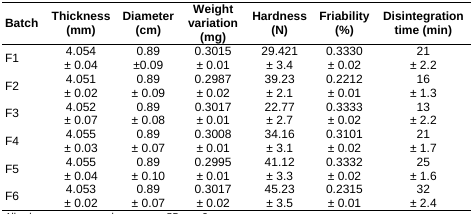
<table><thead><tr><td><b>Batch</b></td><td><b>Thickness (mm)</b></td><td><b>Diameter (cm)</b></td><td><b>Weight variation (mg)</b></td><td><b>Hardness (N)</b></td><td><b>Friability (%)</b></td><td><b>Disintegration time (min)</b></td></tr></thead><tbody><tr><td>F1</td><td>4.054 ± 0.04</td><td>0.89 ±0.09</td><td>0.3015 ± 0.01</td><td>29.421 ± 3.4</td><td>0.3330 ± 0.02</td><td>21 ± 2.2</td></tr><tr><td>F2</td><td>4.051 ± 0.02</td><td>0.89 ± 0.09</td><td>0.2987 ± 0.02</td><td>39.23 ± 2.1</td><td>0.2212 ± 0.01</td><td>16 ± 1.3</td></tr><tr><td>F3</td><td>4.052 ± 0.07</td><td>0.89 ± 0.08</td><td>0.3017 ± 0.01</td><td>22.77 ± 2.7</td><td>0.3333 ± 0.02</td><td>13 ± 2.2</td></tr><tr><td>F4</td><td>4.055 ± 0.03</td><td>0.89 ± 0.07</td><td>0.3008 ± 0.01</td><td>34.16 ± 3.1</td><td>0.3101 ± 0.02</td><td>21 ± 1.7</td></tr><tr><td>F5</td><td>4.055 ± 0.04</td><td>0.89 ± 0.10</td><td>0.2995 ± 0.01</td><td>41.12 ± 3.3</td><td>0.3332 ± 0.02</td><td>25 ± 1.6</td></tr><tr><td>F6</td><td>4.053 ± 0.02</td><td>0.89 ± 0.07</td><td>0.3017 ± 0.02</td><td>45.23 ± 3.5</td><td>0.2315 ± 0.01</td><td>32 ± 2.4</td></tr></tbody></table>